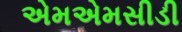
એમએમસીડી